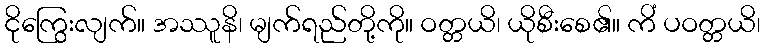
ငိုကြွေးလျက်။ အဿူနိ၊ မျက်ရည်တို့ကို။ ဝတ္တယိ၊ ယိုစီးစေ၏။ ကိံ ပဝတ္တယိ၊